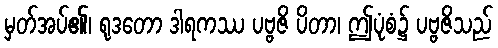
မှတ်အပ်၏၊ ရုဒတော ဒါရကဿ ပဗ္ဗဇိ ပိတာ၊ ဤပုံစံ၌ ပဗ္ဗဇိသည်